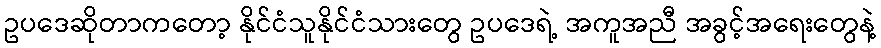
ဥပဒေဆိုတာကတော့ နိုင်ငံသူနိုင်ငံသားတွေ ဥပဒေရဲ့ အကူအညီ အခွင့်အရေးတွေနဲ့